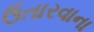
ઉતારવાના